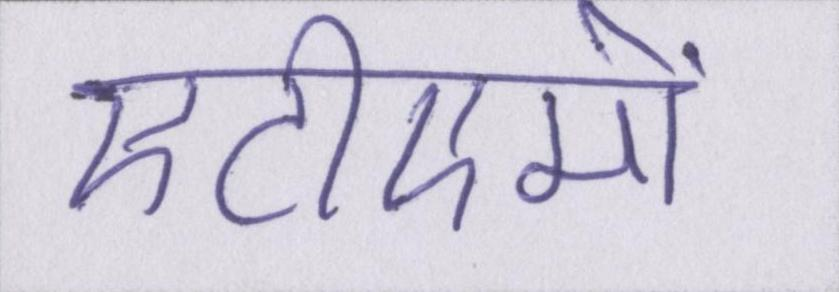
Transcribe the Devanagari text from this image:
एटीएमों